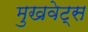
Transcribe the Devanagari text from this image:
मुखवेट्स